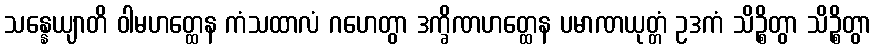
သန္နေယျာတိ ဝါမဟတ္ထေန ကံသထာလံ ဂဟေတွာ ဒက္ခိဏဟတ္ထေန ပမာဏယုတ္တံ ဥဒကံ သိဉ္စိတွာ သိဉ္စိတွာ